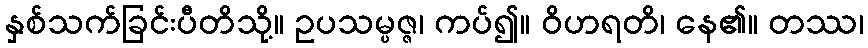
နှစ်သက်ခြင်းပီတိသို့။ ဥပသမ္ပဇ္ဇ၊ ကပ်၍။ ဝိဟရတိ၊ နေ၏။ တဿ၊